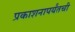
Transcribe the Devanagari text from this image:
प्रकाशनापर्यंतची